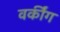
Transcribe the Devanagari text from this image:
वर्कींग